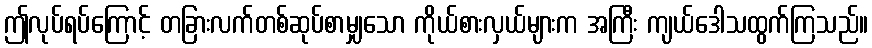
ဤလုပ်ရပ်ကြောင့် တခြားလက်တစ်ဆုပ်စာမျှသော ကိုယ်စားလှယ်များက အကြီး ကျယ်ဒေါသထွက်ကြသည်။